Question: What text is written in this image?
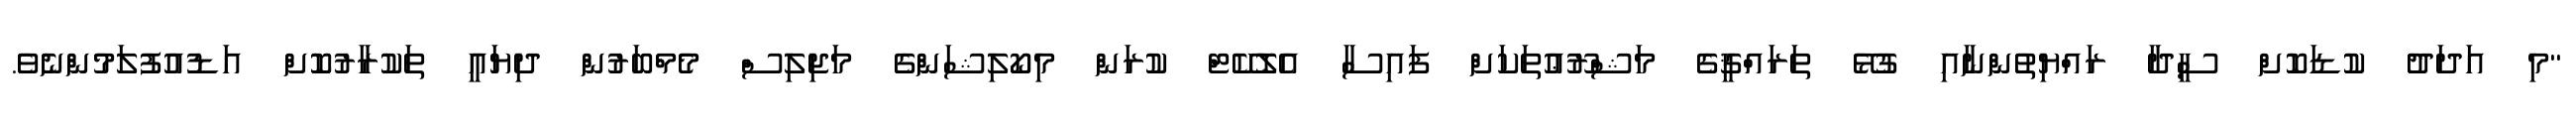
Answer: "މި އަދަދު ކުޑަކޮށް ސީދާ ރައްޔިތުންނާއި ގުޅޭ ތަރައްޤީގެ މަޝްރޫޢުތަކަށް ފައިސާ އެލޮކޭޓް ކުރަން މިކޯލިޝަންގެ މަޖިލިސް މެމްބަރުން ދިޔައީ ތަކުރާރުކޮށް އަޑުއުފުލަމުންނެވެ.